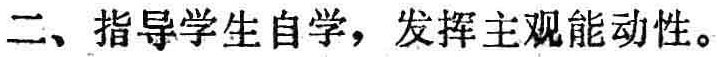
二、指导学生自学，发挥主观能动性。